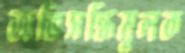
অভিসন্ধিমূলক